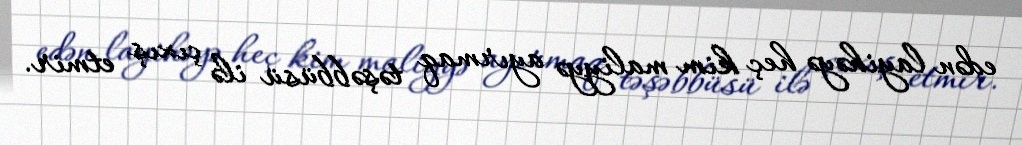
edən layihəyə heç kim maliyyə ayırmaq təşəbbüsü ilə çıxış etmir.